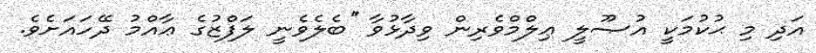
އަދި މި ޙުކުމަކީ އުޞޫލީ ޢިލްމްވެރިން ވިދާޅުވާ ''ބެލެވެނީ ލަފްޒުގެ ޢާއްމު ދޭހައަށެވެ.